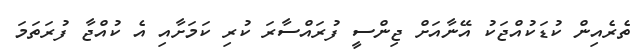
ތެރެއިން ކުޑަކުއްޖަކު އޭނާއަށް ޖިންސީ ފުރައްސާރަ ކުރި ކަމަށާއި އެ ކުއްޖާ ފުރަތަމަ